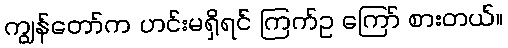
ကျွန်တော်က ဟင်းမရှိရင် ကြက်ဥ ကြော် စားတယ်။